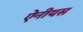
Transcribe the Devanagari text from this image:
ऐनीयस